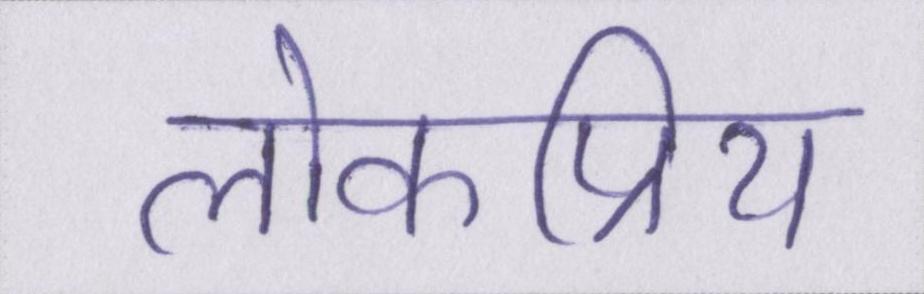
लोकप्रिय